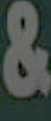
&